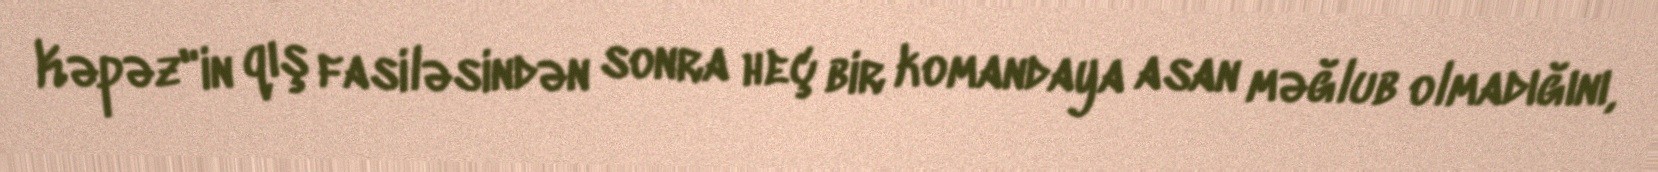
Kəpəz"in qış fasiləsindən sonra heç bir komandaya asan məğlub olmadığını,